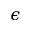
\boldsymbol { \epsilon }